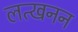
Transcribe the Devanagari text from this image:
लत्खनन